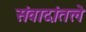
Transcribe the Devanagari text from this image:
संवादांतले